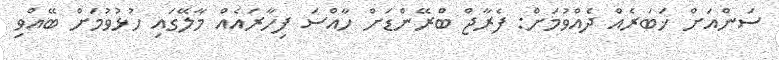
ސަންއަށް ޚަބަރެއް ދެއްވުމަށް: ފެރާޖް ބްރޭންޑަށް ހާއްސަ ފިހާރައެއް މާލޭގައި ހުޅުވުމަށް ބޭއްވި